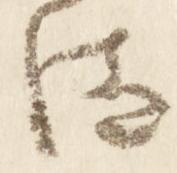
汰